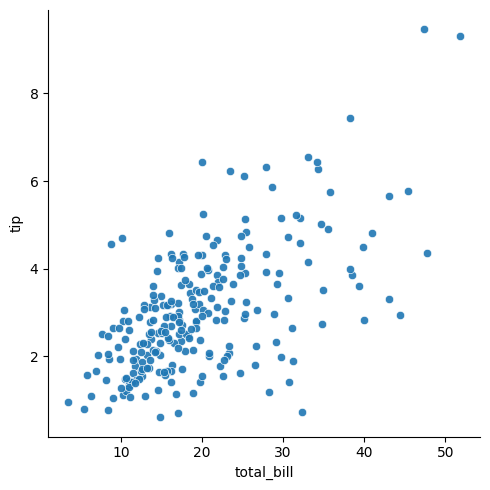
python, seaborn, relplot, alpha=0.9